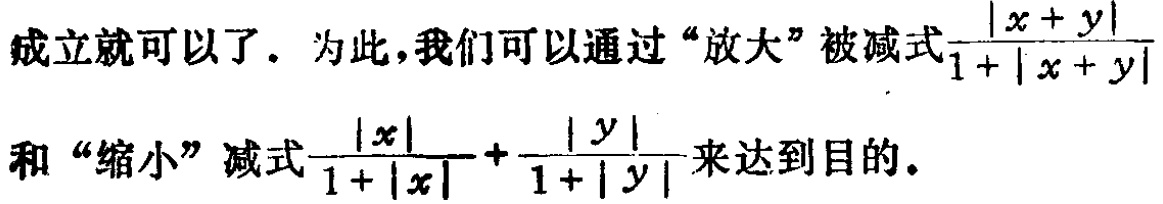
成立就可以了。为此，我们可以通过“放大”被减式$\frac{|x + y|}{1 + |x + y|}$和“缩小”减式$\frac{|x|}{1 + |x|}+\frac{|y|}{1 + |y|}$来达到目的。